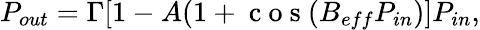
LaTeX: \begin{array}{r}{P_{out}=\Gamma[1-A(1+\mathrm{~c~o~s~}(B_{eff}P_{in})]P_{in},}\end{array}